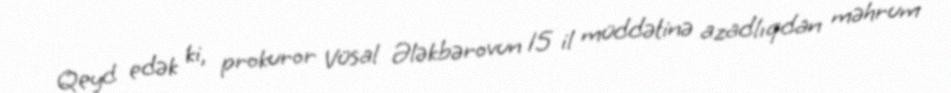
Qeyd edək ki, prokuror Vüsal Ələkbərovun 15 il müddətinə azadlıqdan məhrum